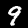
Digit: 9